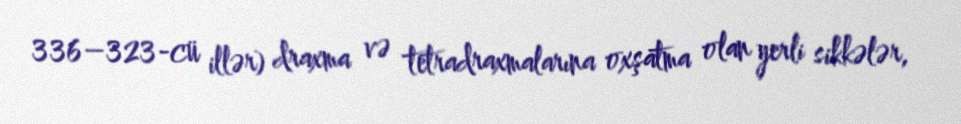
336–323-cü illər) draxma və tetradraxmalarına oxşatma olan yerli sikkələr,